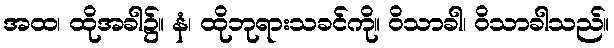
အထ၊ ထိုအခါ၌။ နံ၊ ထိုဘုရားသခင်ကို။ ဝိသာခါ၊ ဝိသာခါသည်။